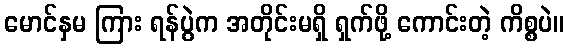
မောင်နှမ ကြား ရန်ပွဲက အတိုင်းမရှိ ရှက်ဖို့ ကောင်းတဲ့ ကိစ္စပဲ။